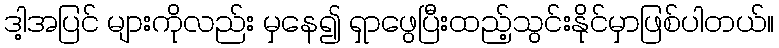
ဒါ့အပြင် များကိုလည်း မှနေ၍ ရှာဖွေပြီးထည့်သွင်းနိုင်မှာဖြစ်ပါတယ်။